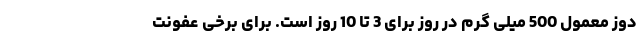
دوز معمول 500 میلی گرم در روز برای 3 تا 10 روز است. برای برخی عفونت